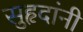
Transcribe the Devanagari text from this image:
सुहृदांनी